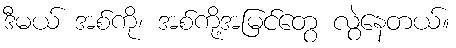
ဒီမယ် အစ်ကို၊ အစ်ကို့အမြင်တွေ လွဲနေတယ်။